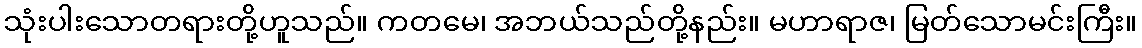
သုံးပါးသောတရားတို့ဟူသည်။ ကတမေ၊ အဘယ်သည်တို့နည်း။ မဟာရာဇ၊ မြတ်သောမင်းကြီး။